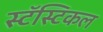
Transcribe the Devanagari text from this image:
स्टॅस्टिकल